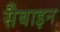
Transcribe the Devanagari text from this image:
सैबाइन